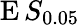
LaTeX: \operatorname{E}S_{0.05}